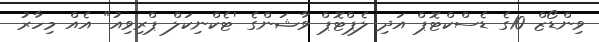
ވިންޑޯޒް 10ގެ ޑެސްކްޓޮޕް އަދި ލެޕްޓޮޕް ވާޝަންގެ 'ޓެކްނިކަލް ޕްރިވިއު" އެއް މިހާރު